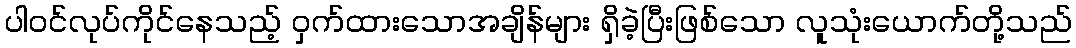
ပါဝင်လုပ်ကိုင်နေသည့် ဝှက်ထားသောအချိန်များ ရှိခဲ့ပြီးဖြစ်သော လူသုံးယောက်တို့သည်